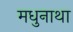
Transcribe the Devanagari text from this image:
मधुनाथा